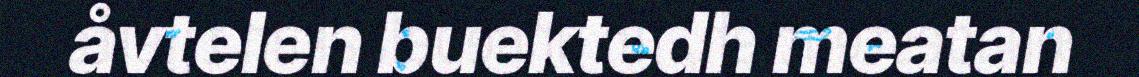
åvtelen buektedh meatan